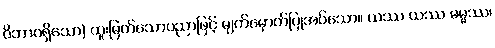
ဝိဘာဂရှိသော) ထူးမြတ်သောပညာဖြင့် မျက်မှောက်ပြုအပ်သော။ ယဿ ယဿ ဓမ္မဿ၊